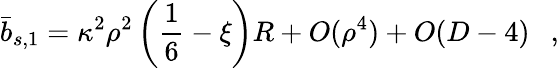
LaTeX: \bar{b}_{s,1}=\kappa^{2}\rho^{2}\left(\frac 16-\xi\right)R+O(\rho^{4})+O(D-4)~~~,